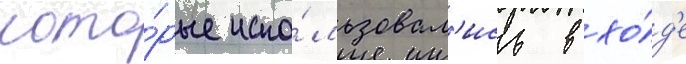
кото́рые испо́льзовал'ись в хо́д'е